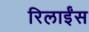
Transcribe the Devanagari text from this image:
रिलाईंस